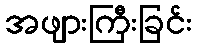
အဖျားကြီးခြင်း